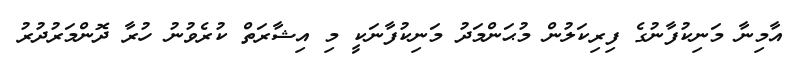
އާމިނާ މަނިކުފާނުގެ ފިރިކަލުން މުޙަންމަދު މަނިކުފާނަކީ މި އިޝާރަތް ކުރެވުނު ހުރާ ދޮންމަރުދުރު